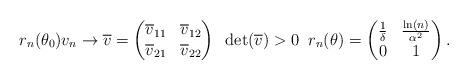
LaTeX: \begin{align*} r_n(\theta_0) v_n \to \overline{v} = \begin{pmatrix}\overline{v}_{11} & \overline{v}_{12} \\\overline{v}_{21} & \overline{v}_{22} \\\end{pmatrix}\; \; \det(\overline{v}) >0 \; \; r_n(\theta) = \begin{pmatrix} \frac{1}{\delta} & \frac{\ln(n)}{\alpha^2} \\ 0 & 1\end{pmatrix}. \end{align*}